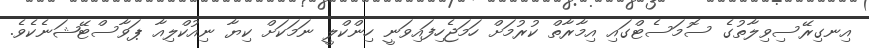
އިނގިރޭސިވިލާތުގެ ސޮމަސެޓްގައި އިމާރާތް ކުރުމަށް ހަމަޖެހިފައިވަނީ ހިންކްލީ ނަމަކަށް ކިޔާ ނިއުކްލިއާ ޕަވާސްޓޭޝަނެކެވެ.